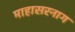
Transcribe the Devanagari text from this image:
माहासरनाग